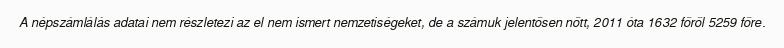
A népszámlálás adatai nem részletezi az el nem ismert nemzetiségeket, de a számuk jelentősen nőtt, 2011 óta 1632 főről 5259 főre.